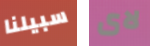
سبيلنا لاى